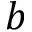
b